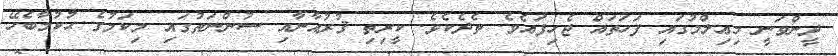
ދީންވަނީ މިޢިލްމުގައި ފަހަތައް ޖެހިފައެވެ. ތެދެކެވެ. ކީރިތި ޤުރުއާނާއި ސުންނަތުގައި މިކަމުގެ ޙުކުމާބެހޭ